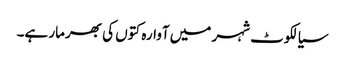
سیالکوٹ شہر میں آوارہ کتوں کی بھرمار ہے۔